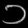
Digit: ၁